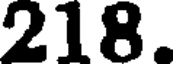
218.